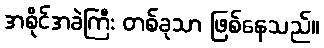
အစိုင်အခဲကြီး တစ်ခုသာ ဖြစ်နေသည်။